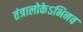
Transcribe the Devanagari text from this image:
तंत्रालोकेऽभिनव